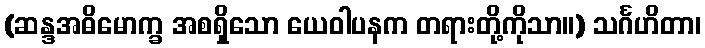
(ဆန္ဒအဓိမောက္ခ အစရှိသော ယေဝါပနက တရားတို့ကိုသာ။) သင်္ဂဟိတာ၊